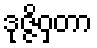
ဒုဇ္ဇိဝှတာ